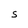
Character: S